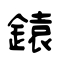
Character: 鎱